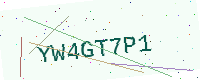
Text: YW4GT7P1